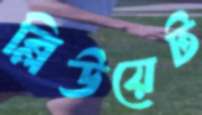
ব্লিউয়েট